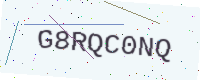
Text: G8RQC0NQ